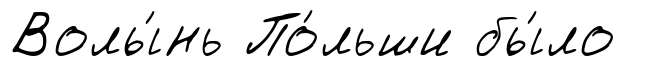
Волы́нь По́льши бы́ло